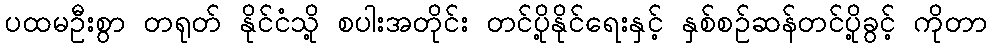
ပထမဦးစွာ တရုတ် နိုင်ငံသို့ စပါးအတိုင်း တင်ပို့နိုင်ရေးနှင့် နှစ်စဉ်ဆန်တင်ပို့ခွင့် ကိုတာ